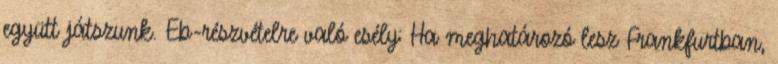
együtt játszunk. Eb-részvételre való esély: Ha meghatározó lesz Frankfurtban,